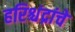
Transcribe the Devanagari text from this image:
हरिश्चंद्रांचे